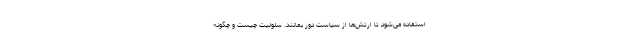
استفاده می‌شود تا ارتش‌ها از سیاست دور بمانند. سلولیت چیست و چگونه